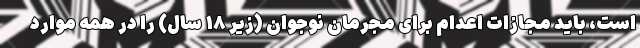
است، باید مجازات اعدام برای مجرمان نوجوان (زیر ۱۸ سال) را در همه موارد